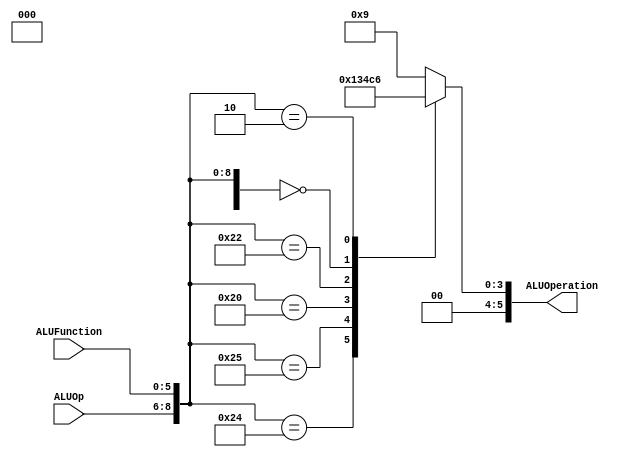
/******************************************************************
* Description
*	This is the control unit for the ALU. It receves an signal called 
*	ALUOp from the control unit and a signal called ALUFunction from
*	the intrctuion field named function.
* Version:
*	1.0
* Author:
*	Dr. Jos Luis Pizano Escalante
* email:
*	luispizano@iteso.mx
* Date:
*	01/03/2014
******************************************************************/
module ALUControl
(
	input [2:0] ALUOp,
	input [5:0] ALUFunction,
	output [5:0] ALUOperation

);

localparam R_Type_AND    = 12'b00_0000_10_0100;
localparam R_Type_OR     = 12'b00_0000_10_0101;
localparam R_Type_NOR    = 12'b00_0000_10_0111;
localparam R_Type_ADD    = 12'b00_0000_10_0000;
localparam R_Type_SUB    = 12'b00_0000_10_0010;
localparam R_Type_SLL    = 12'b00_0000_00_0000;
localparam R_Type_SRL    = 12'b00_0000_00_0010;
localparam I_Type_ADDI   = 12'b00_1000_xxxxxx;
localparam I_Type_ORI    = 12'b00_1101_xxxxxx;
localparam I_Type_LUI    = 12'b00_1111_xxxxxx;
localparam I_Type_LW     = 12'b10_0011_xxxxxx;
localparam I_Type_SW     = 12'b10_1011_xxxxxx;

reg [3:0] ALUControlValues;
wire [11:0] Selector;

assign Selector = {ALUOp, ALUFunction};

always@(Selector)begin
	casex(Selector)
		R_Type_AND:    ALUControlValues = 4'b0000;
		R_Type_OR: 		ALUControlValues = 4'b0001;
		R_Type_ADD:    ALUControlValues = 4'b0011;
		R_Type_SUB: 	ALUControlValues = 4'b0100;
		R_Type_NOR: 	ALUControlValues = 4'b1001;
		R_Type_SLL:    ALUControlValues = 4'b1100;
		R_Type_SRL:    ALUControlValues = 4'b0110;
		I_Type_ADDI:   ALUControlValues = 4'b0011;
		I_Type_ORI:    ALUControlValues = 4'b0001;
		I_Type_LUI:    ALUControlValues = 4'b1010;
		I_Type_LW:     ALUControlValues = 4'b1110;
		I_Type_SW:     ALUControlValues = 4'b1111;

		
		default: ALUControlValues = 4'b1001;
	endcase
end


assign ALUOperation = ALUControlValues;

endmodule